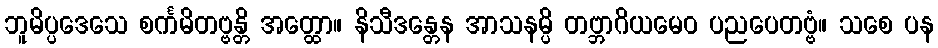
ဘူမိပ္ပဒေသေ စင်္ကမိတဗ္ဗန္တိ အတ္ထော။ နိသီဒန္တေန အာသနမ္ပိ တဗ္ဘာဂိယမေဝ ပညပေတဗ္ဗံ။ သစေ ပန